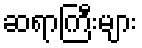
ဆရာကြီးများ